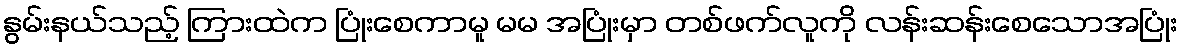
နွမ်းနယ်သည့် ကြားထဲက ပြုံးစေကာမူ မမ အပြုံးမှာ တစ်ဖက်လူကို လန်းဆန်းစေသောအပြုံး